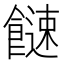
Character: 𩞍